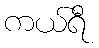
ကယ်ရီ